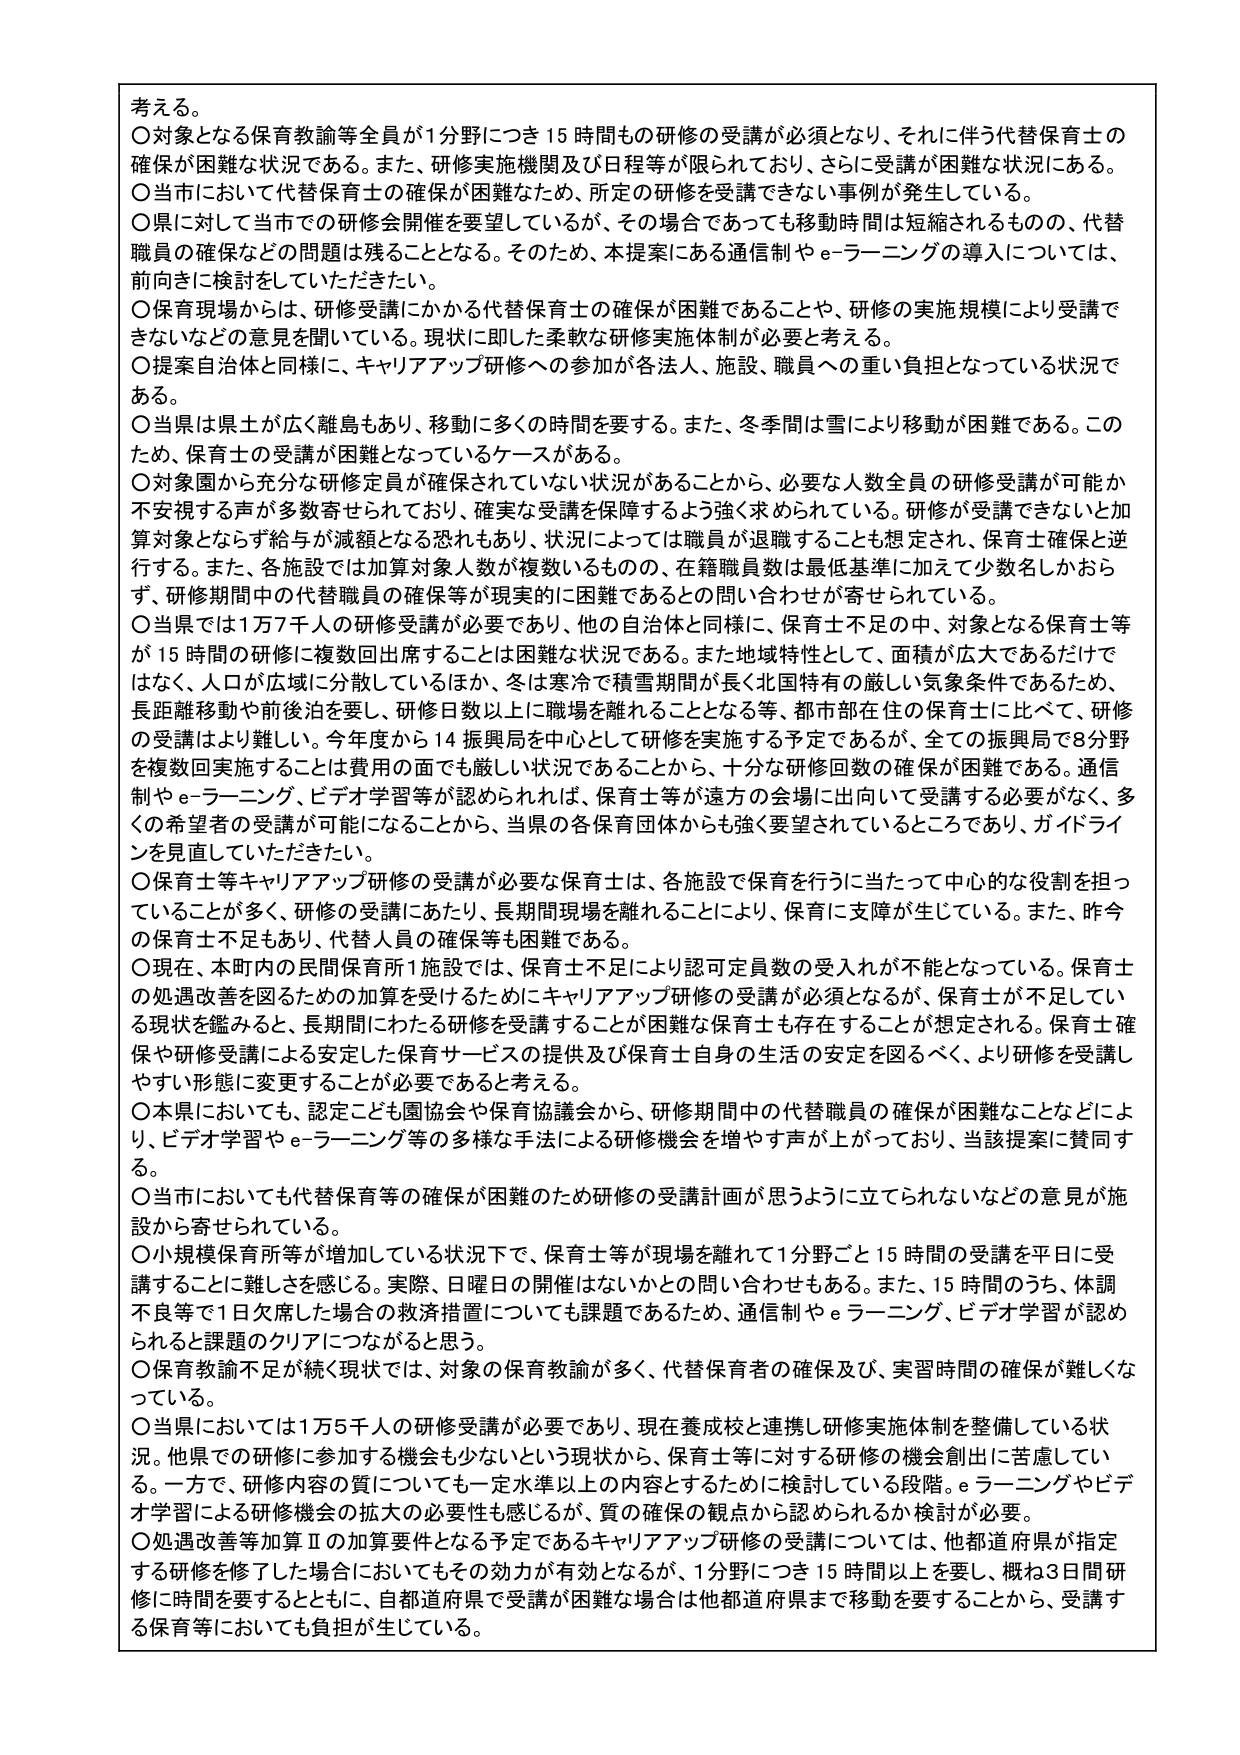
考える。
〇対象となる保育教諭等全員が1分野につき15時間もの研修の受講が必須となり、それに伴う代替保育士の確保が困難な状況である。また、研修実施機関及び日程等が限られており、さらに受講が困難な状況にある。
〇当市において代替保育士の確保が困難なため、所定の研修を受講できない事例が発生している。
〇県に対して当市での研修会開催を要望しているが、その場合であっても移動時間は短縮されるものの、代替職員の確保などの問題は残ることとなる。そのため、本提案にある通信制やe-ラーニングの導入については、前向きに検討をしていただきたい。
〇保育現場からは、研修受講にかかる代替保育士の確保が困難であることや、研修の実施規模により受講できないなどの意見を聞いている。現状に即した柔軟な研修実施体制が必要と考える。
〇提案自治体と同様に、キャリアアップ研修への参加が各法人、施設、職員への重い負担となっている状況である。
〇当県は県土が広く離島もあり、移動に多くの時間を要する。また、冬季間は雪により移動が困難である。このため、保育士の受講が困難となっているケースがある。
〇対象園から充分な研修定員が確保されていない状況があることから、必要な人数全員の研修受講が可能か不安視する声が多数寄せられており、確実な受講を保障するよう強く求められている。研修が受講できないと加算対象となりず給与が減額となる恐れもあり、状況によっては職員が退職することも想定され、保育士確保と逆行する。また、各施設では加算対象人数が複数いるものの、在籍職員数は最低基準に加えて少数名しかおらず、研修期間中の代替職員の確保等が現実的に困難であるとの問い合わせが寄せられている。
〇当県では1万7千人の研修受講が必要であり、他の自治体と同様に、保育士不足の中、対象となる保育士等が15時間の研修に複数回出席することは困難な状況である。また地域特性として、面積が広大であるだけではなく、人口が広域に分散しているほか、冬は寒冷で積雪期間が長く北国特有の厳しい気象条件であるため、長距離移動や前後泊を要し、研修日数以上に職場を離れることとなる等、都市部在住の保育士に比べて、研修の受講はより難しい。今年度から14振興局を中心として研修を実施する予定であるが、全ての振興局で8分野を複数回実施することは費用の面でも厳しい状況であることから、十分な研修回数の確保が困難である。通信制やe-ラーニング、ビデオ学習等が認められれば、保育士等が遠方の会場に出向いて受講する必要がなく、多くの希望者の受講が可能になることから、当県の各保育団体からも強く要望されているところであり、ガイドラインを見直していただきたい。
〇保育士等キャリアアップ研修の受講が必要な保育士は、各施設で保育を行うに当たって中心的な役割を担っていることが多く、研修の受講にあたり、長期間現場を離れることにより、保育に支障が生じている。また、昨今の保育士不足もあり、代替人員の確保等も困難である。
〇現在、本町内の民間保育所1施設では、保育士不足により認可定員数の受入れが不能となっている。保育士の処遇改善を図るための加算を受けるためにキャリアアップ研修の受講が必須となるが、保育士が不足している現状を鑑みると、長期間にわたる研修を受講することが困難な保育士も存在することが想定される。保育士確保や研修受講による安定した保育サービスの提供及び保育士自身の生活の安定を図るべく、より研修を受講しやすい形態に変更することが必要であると考える。
〇本県においても、認定こども園協会や保育協議会から、研修期間中の代替職員の確保が困難なことなどにより、ビデオ学習やe-ラーニング等の多様な手法による研修機会を増やす声が上がっており、当該提案に賛同する。
〇当市においても代替保育等の確保が困難のため研修の受講計画が思うように立てられないなどの意見が施設から寄せられている。
〇小規模保育所等が増加している状況下で、保育士等が現場を離れて1分野ごと15時間の受講を平日に受講することに難しさを感じる。実際、日曜日の開催はないかとの問い合わせもある。また、15時間のうち、体調不良等で1日欠席した場合の救済措置についても課題であるため、通信制やe-ラーニング、ビデオ学習が認められると課題のクリアにつながると思う。
〇保育教諭不足が続く現状では、対象の保育教諭が多く、代替保育者の確保及び、実習時間の確保が難しくなっている。
〇当県においては1万5千人の研修受講が必要であり、現在養成校と連携し研修実施体制を整備している状況。他県での研修に参加する機会も少ないという現状から、保育士等に対する研修の機会創出に苦慮している。一方で、研修内容の質についても一定水準以上の内容とするために検討している段階。e-ラーニングやビデオ学習による研修機会の拡大の必要性も感じるが、質の確保の観点から認められるか検討が必要。
〇処遇改善等加算Ⅱの加算要件となる予定であるキャリアアップ研修の受講については、他都道府県が指定する研修を修了した場合においてもその効力が有効となるが、1分野につき15時間以上を要し、概ね3日間研修に時間を要するとともに、自都道府県で受講が困難な場合は他都道府県まで移動を要することから、受講する保育等においても負担が生じている。